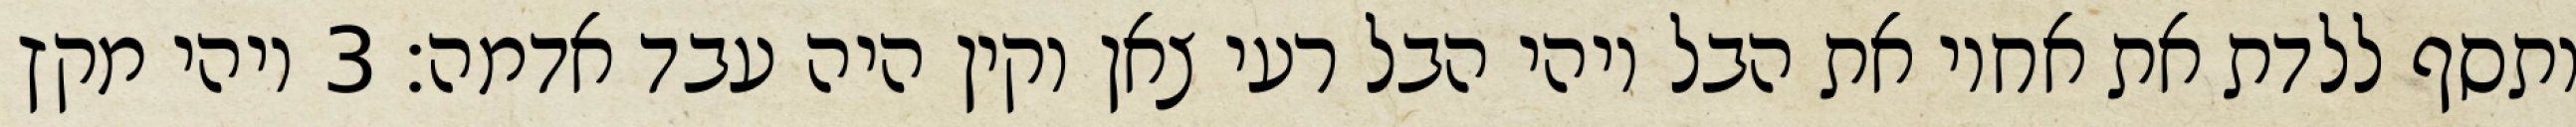
ותסף ללדת את אחיו את הבל ויהי הבל רעי צאן וקין היה עבד אדמה׃ ‎3‏ ויהי מקץ